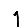
Digit: 1